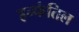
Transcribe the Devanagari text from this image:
इन्फंतिल